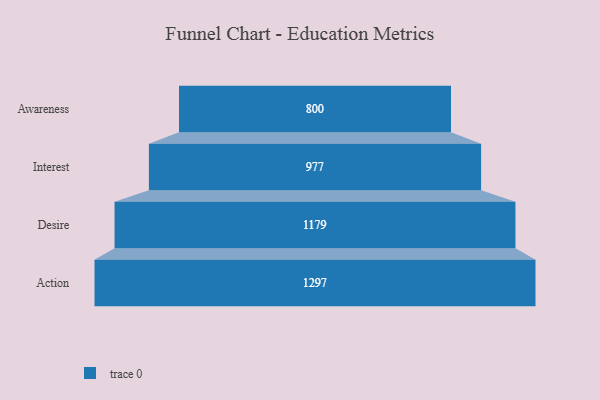
{"axis": {"x": "Stage", "y": "Value"}, "legend": [""], "data": [{"x": "Awareness", "y": 800.0, "type": ""}, {"x": "Interest", "y": 977.0, "type": ""}, {"x": "Desire", "y": 1179.0, "type": ""}, {"x": "Action", "y": 1297.0, "type": ""}]}